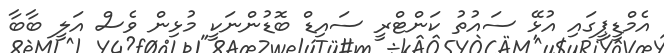
އެމްޑީޕީގައި އުޅޭ ސައުތު ކަންޓްރީ ސައިޑް ބޮޑުންނަކީ މުޅިން ވެސް އަލީ ބާބާ